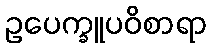
ဥပေက္ခူပဝိစာရာ